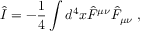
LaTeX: \hat { I } = - \frac { 1 } { 4 } \int d ^ { 4 } x \hat { F } ^ { \mu \nu } \hat { F } _ { \mu \nu } \; ,